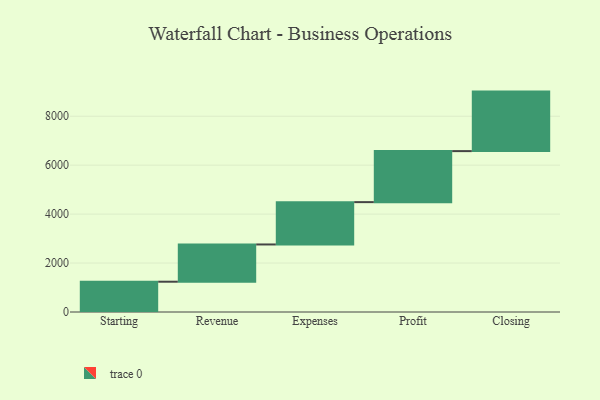
{"axis": {"x": "Step", "y": "Value"}, "legend": [""], "data": [{"x": "Starting", "y": 1238.0, "type": ""}, {"x": "Revenue", "y": 1522.0, "type": ""}, {"x": "Expenses", "y": 1730.0, "type": ""}, {"x": "Profit", "y": 2085.0, "type": ""}, {"x": "Closing", "y": 2432.0, "type": ""}]}